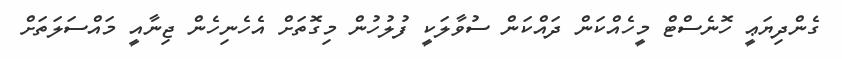
ގެންދިޔަޢީ ހޮނެސްޓް މީހެއްކަން ދައްކަން ސުވާލަކީ ފުލުހުން މިގޮތަށް އެހެނިހެން ޖިނާއީ މައްސަލަތަށް